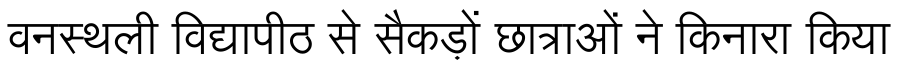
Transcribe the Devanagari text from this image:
वनस्थली विद्यापीठ से सैकड़ों छात्राओं ने किनारा किया